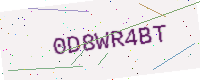
Text: 0D8WR4BT